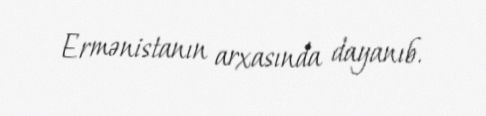
Ermənistanın arxasında dayanıb.